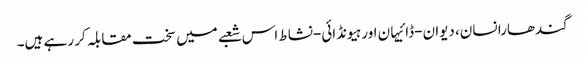
گندھارا نسان، دیوان-ڈائیہان اور ہیونڈائی-نشاط اس شعبے میں سخت مقابلہ کر رہے ہیں۔